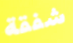
شفقة